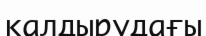
қалдырудағы